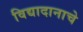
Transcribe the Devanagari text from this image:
विद्यादानाचे